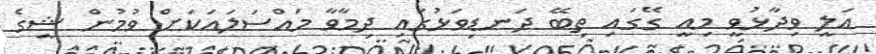
އަލީ ވިދާޅުވީ މިއީ ގޭގައި ތިބޭ ދަނޑިވަޅުގައި ދިމާވާ މައްސަލައަކަށް ވުމުން ޝީގެ